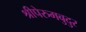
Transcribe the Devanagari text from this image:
श्रीपेरुमबुदुर